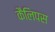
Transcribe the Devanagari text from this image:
कैलिपस